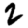
Digit: 2